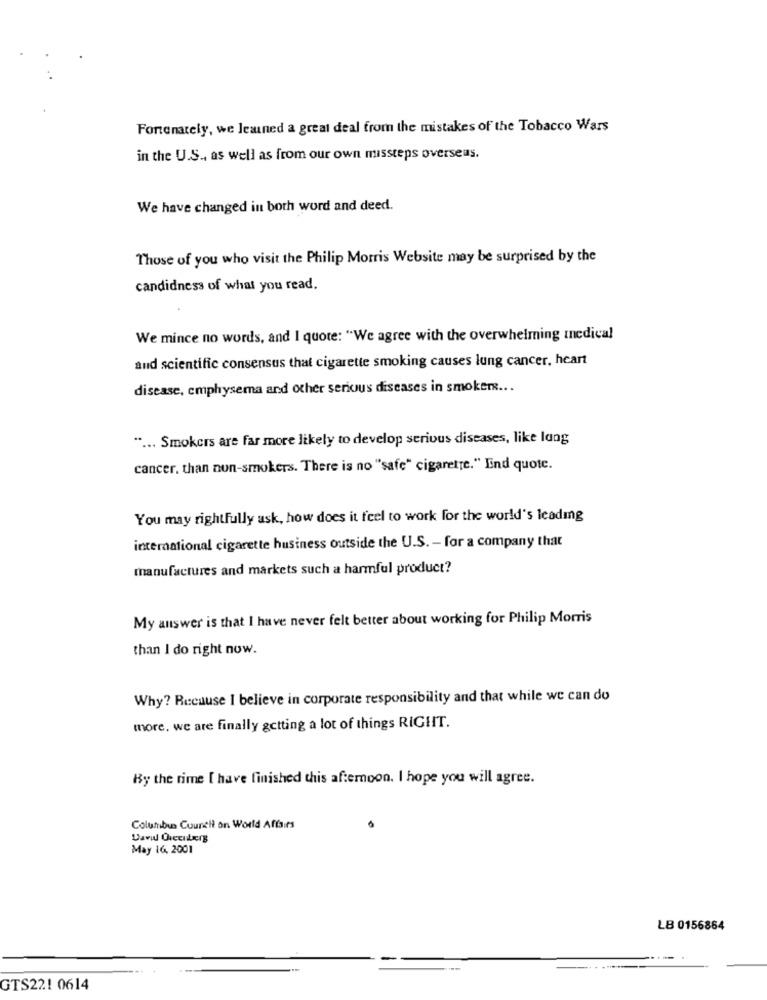
Fortunately, we learned a great deal from the mistakes of the Tobacco Wars
in the U.S ., as well as from our own missteps overseas.
We have changed in both word and deed.
Those of you who visit the Philip Morris Website may be surprised by the
candidness of what you read.
We mince no words, and I quote: "We agree with the overwhelming medical
and scientific consensus that cigarette smoking causes lung cancer, heart
disease, emphysema and other serious diseases in smoker ...
" ... Smokers are far more likely to develop serious diseases, like lang
cancer, than non-smokers. There is no "safe" cigarette." End quote.
You may rightfully ask, how does it feel to work for the world's leading
international cigarette husiness outside the U.S. - for a company that
manufactures and markets such a harmful product?
My answer is that I have never felt better about working for Philip Morris
than I do right now.
Why? Recuuse I believe in corporate responsibility and that while we can do
more. we are finally getting a lot of things RIGHT.
By the rime [ have finished this afternoon. I hope you will agree.
Columbus Council on World Affairs
May 16, 2001
LB 0156864
GTS221 0614